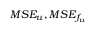
M S E _ { u } , M S E _ { f _ { u } }